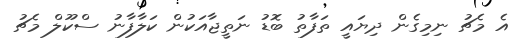
އެ މެޗު ނިމިގެން ދިޔައީ ތަފާތު ބޮޑު ނަތީޖާއަކުން ކަލާފާނު ސްކޫލް މެޗު